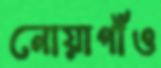
নোয়াগাঁও